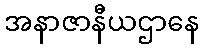
အနာဇာနီယဌာနေ